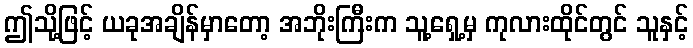
ဤသို့ဖြင့် ယခုအချိန်မှာတော့ အဘိုးကြီးက သူ့ရှေ့မှ ကုလားထိုင်တွင် သူနှင့်